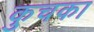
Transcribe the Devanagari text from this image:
कुचका